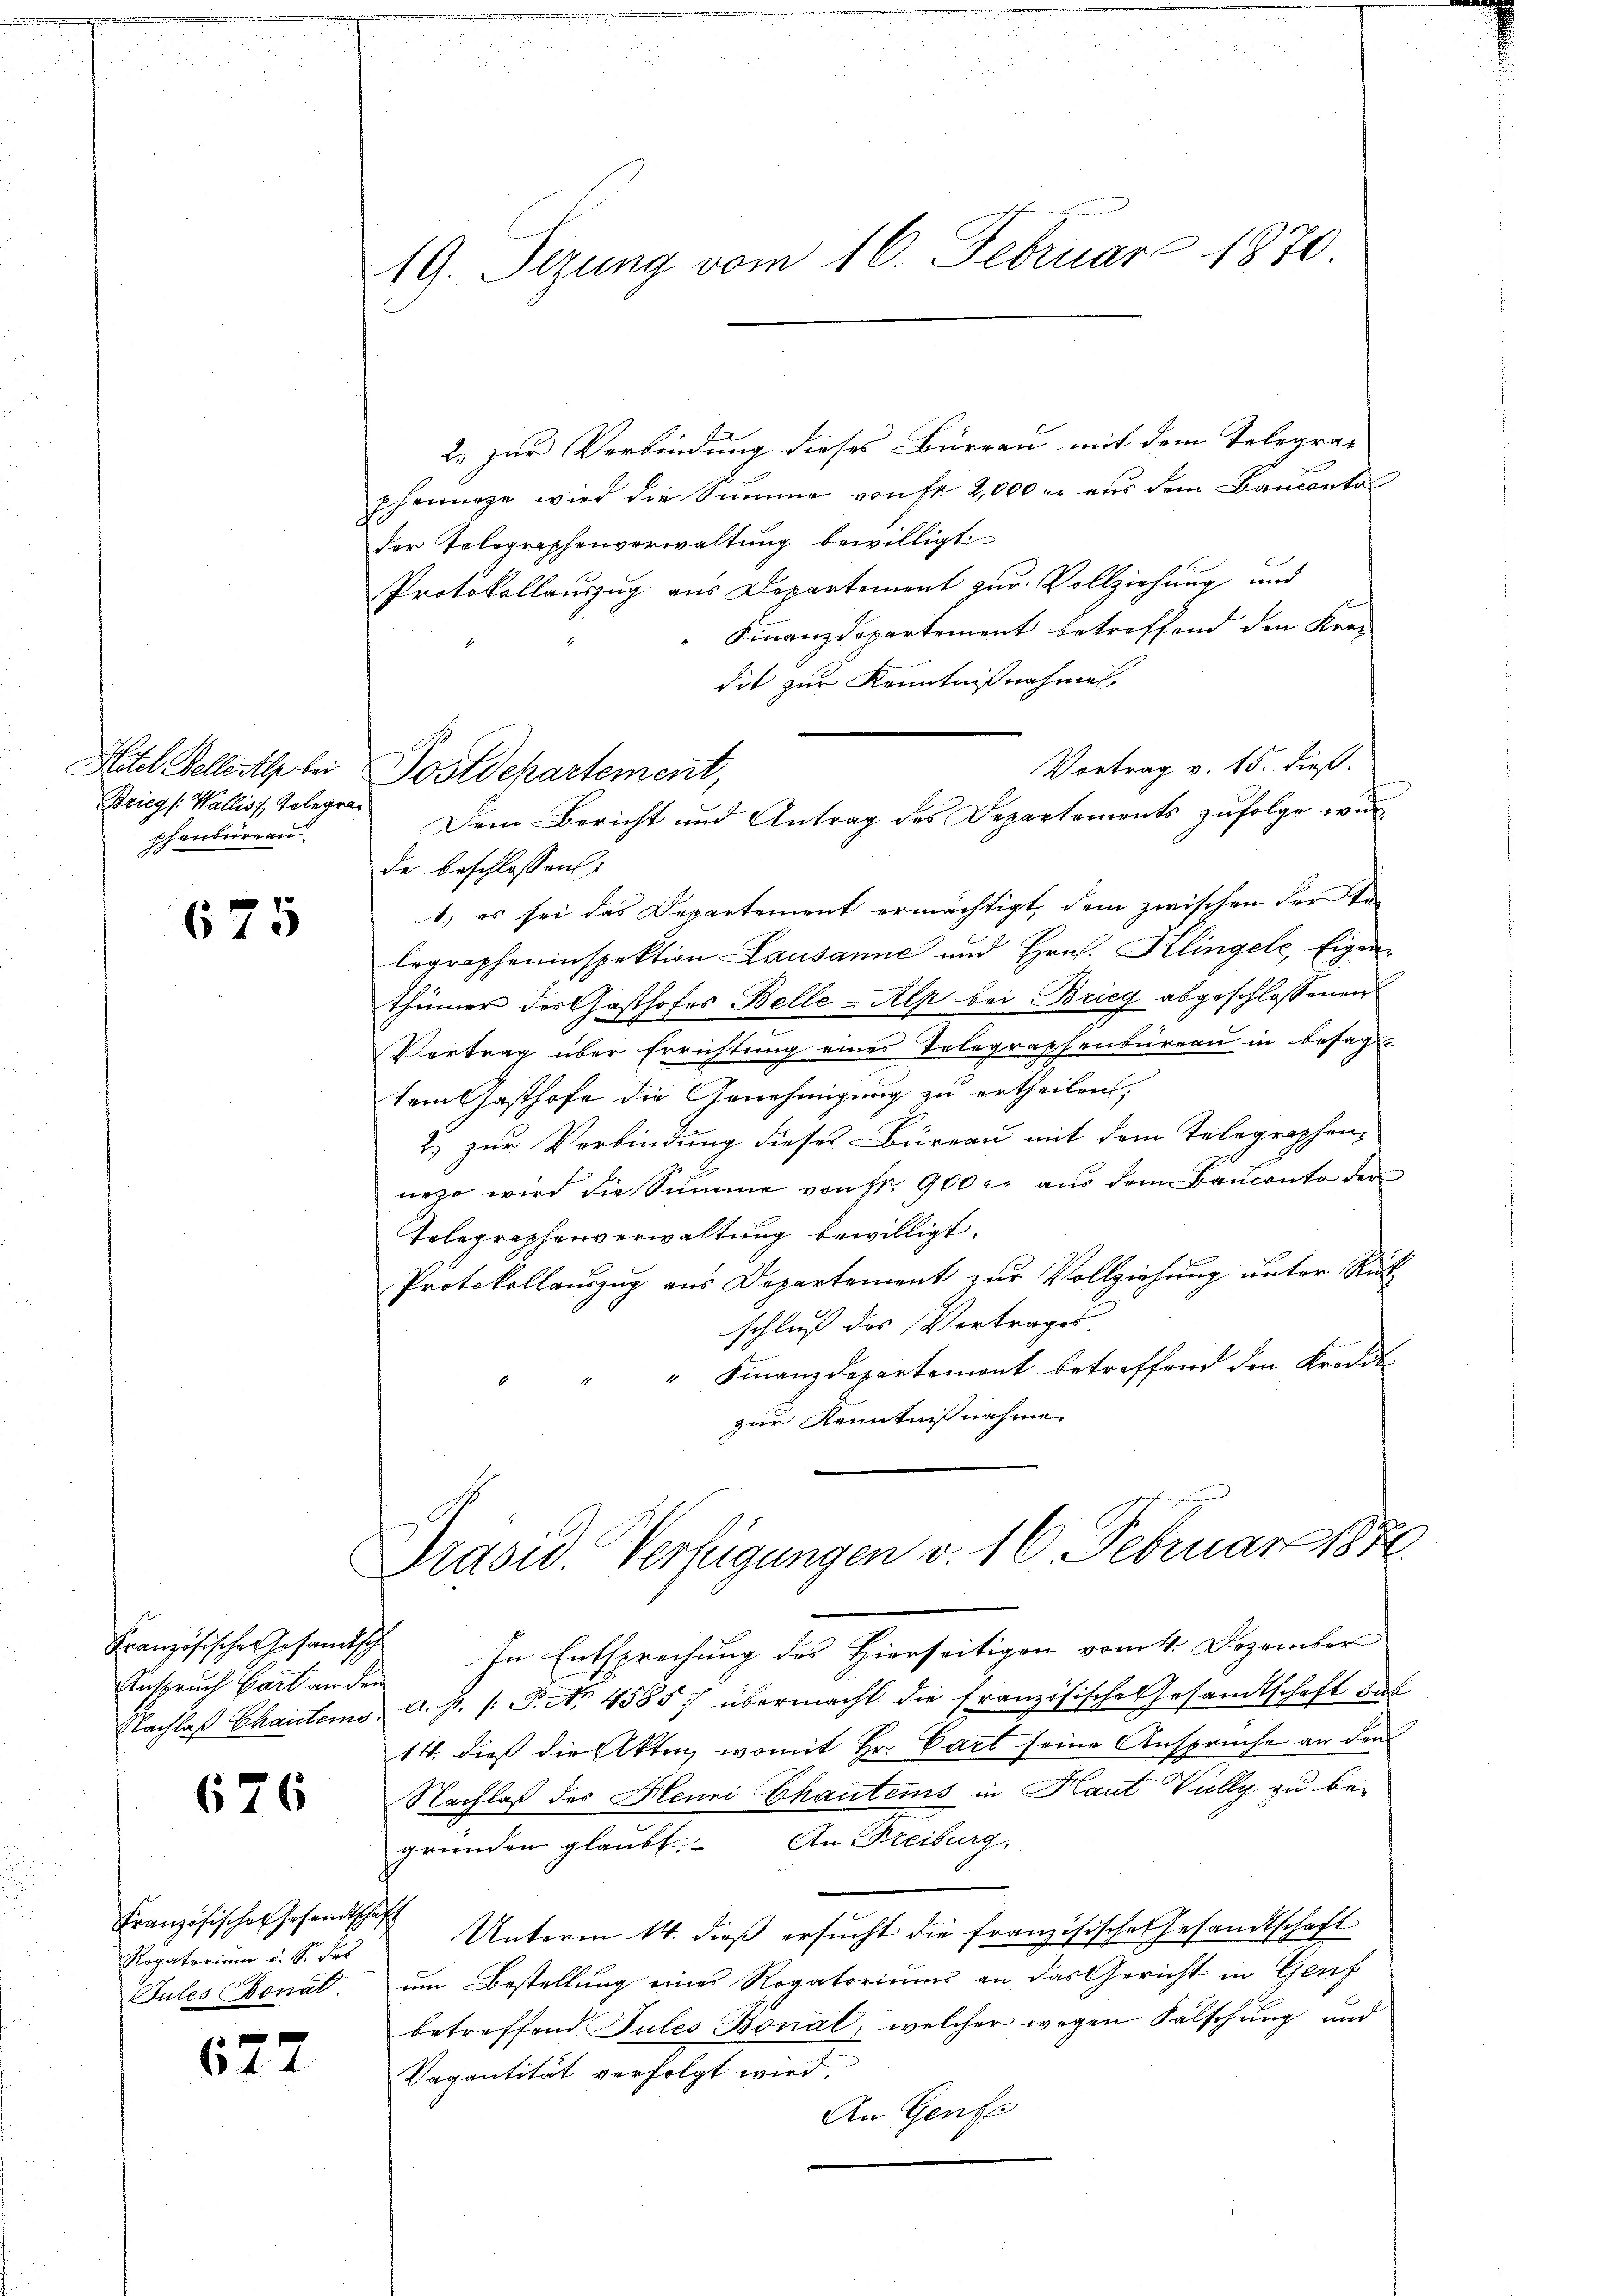
Hotel Bellert bei
Brieg (Wallis, Telegraphenbüreau.

675

Anspruch Bart an dem

676

Französischen Gesandtschaft
Rogatorium u. S. des
Pules Bonat.
x

t 4

19. Seizung vom 16. Februar 1870.

2) zur Verbindung dieses Büreau mit dem Telegra- |
phenage wird die Summe von fr 2,000 er aus dem Banconto
der Telegraphenverwaltung bewilligt.
Protokollauszug aus Departement zur Vollziehung und
Finanzdepartement betreffend den Krei
dit zur Kenntnißnahmen
Vortrag v. 15. dieß.
de beschlossen:
1.) es sei das Departement ermächtigt, dem zwischen der Te
legrapheninspektion Lausanne und Hrn. Klingele, Eigenthümer der Gasthofes Belle - Alp bei Brieg abgeschlossenen
Vertrag über Errichtung eines Telegraphenbüreau in besagte
tem Gasthofe die Genehmigung zu ertheilen,
2) zur Verbindung dieses Büreau mit dem Telegraphen-
urze wird die Summe von Nr. 900 l. aus dem Bauconto der
Telegraphenverwaltung bewilligt.
Protokollauszug aus Departement zur Vollziehung unter Rück
schluß des Vertrages
" Finanzdepartement betreffend den Kredit
zur Kenntnisnahme
Präsid. Verfügungen v. 16. Februar 1882
Französische Gesandtsch In Entsprechung des Hierseitigen vom 4. Dezember
Nachlaß Chantens, A. H. /: P. Nr. 4585. übermacht die französische Gesandtschaft bis
14. dieß die Akten, womit Hr. Bart seine Ansprüche an den
Nachlaß des Henni Ghautems in Haut Vully zu begründen glaubt. An Freiburg.
Unterm 14. dieß ersucht die französisches Gesandtschaft
um Bestellung eines Rogatoriums an das Gericht in Genf
betreffend Tules Bonal, welcher wegen Fälschung und
Vagantität verfolgt wird,
An Genf

Postdepartement,

Dem Bericht und Antrag des Departements zŭfolge wir